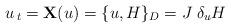
LaTeX: \begin{align*}u_{\,t} = {\bf X} ( u ) = \{ u , H \}_D = J \; \delta_u H\end{align*}